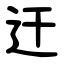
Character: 迀